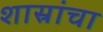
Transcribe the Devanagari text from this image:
शास्रांचा